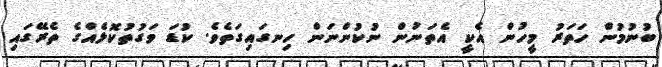
ބުނުމުން ހަތަރު މީހުން އެކީ އެތަނުން ނުކުންނަން ހިނގައިގަތެވެ. ކުޑަ ވަގުތުކޮޅެއްގެ ތެރޭގައި